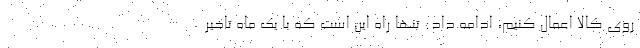
روي كالا اعمال كنيم، ادامه داد: تنها راه اين است كه با يك ماه تاخير